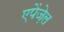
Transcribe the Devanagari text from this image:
एपेंज़ेल